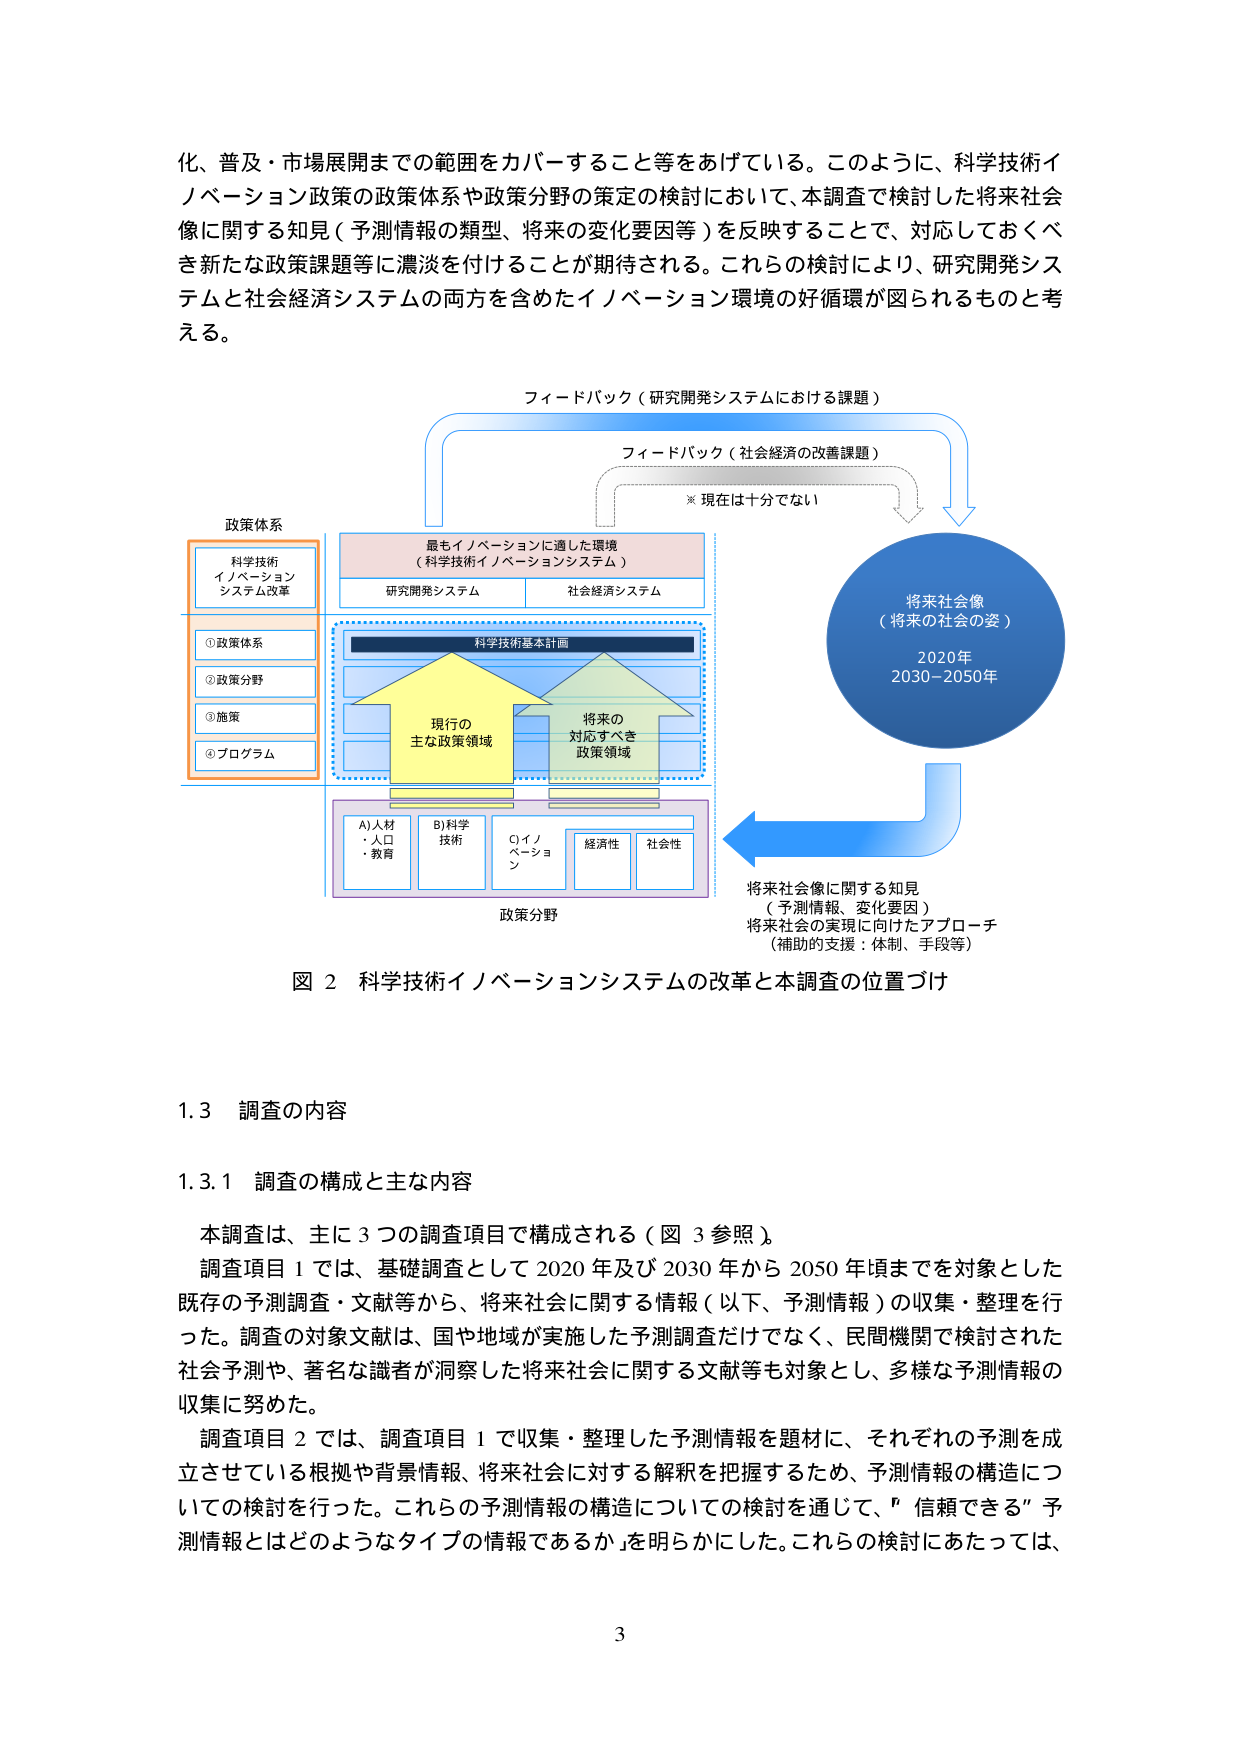
化、普及・市場展開までの範囲をカバーすること等をあげている。このように、科学技術イノベーション政策の政策体系や政策分野の策定の検討において、本調査で検討した将来社会像に関する知見（予測情報の類型、将来の変化要因等）を反映することで、対応しておべき新たな政策課題等に濃淡を付けることが期待される。これらの検討により、研究開発システムと社会経済システムの両方を含めたイノベーション環境の好循環が図られるものと考える。

フィードバック（研究開発システムにおける課題）
フィードバック（社会経済の改善課題）
※現在は十分でない

政策体系
科学技術
イノベーション
システム改革
①政策体系
②政策分野
③施策
④プログラム

最もイノベーションに適した環境
（科学技術イノベーションシステム）
研究開発システム
社会経済システム

科学技術基本計画

現行の
主な政策領域

将来の
対応すべき
政策領域

A)人材
・人口
・教育
B)科学
技術
C)イノ
ベーショ
ン
経済性
社会性

政策分野

将来社会像
（将来の社会の姿）
2020年
2030-2050年

将来社会像に関する知見
（予測情報、変化要因）
将来社会の実現に向けたアプローチ
（補助的支援：体制、手段等）

図 2 科学技術イノベーションシステムの改革と本調査の位置づけ

1.3 調査の内容

1.3.1 調査の構成と主な内容

本調査は、主に3つの調査項目で構成される（図 3参照）。
調査項目1では、基礎調査として2020年及び2030年から2050年頃までを対象とした既存の予測調査・文献等から、将来社会に関する情報（以下、予測情報）の収集・整理を行った。調査の対象文献は、国や地域が実施した予測調査だけでなく、民間機関で検討された社会予測や、著名な識者が洞察した将来社会に関する文献等も対象とし、多様な予測情報の収集に努めた。
調査項目2では、調査項目1で収集・整理した予測情報を題材に、それぞれの予測を成立させている根拠や背景情報、将来社会に対する解釈を把握するため、予測情報の構造についての検討を行った。これらの予測情報の構造についての検討を通じて、「信頼できる」予測情報とはどのようなタイプの情報であるか」を明らかにした。これらの検討にあたっては、

3